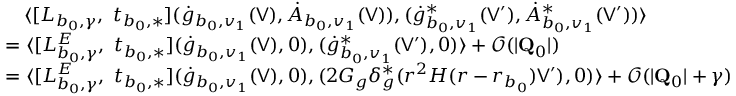
\begin{array} { r l } & { \quad \langle [ L _ { b _ { 0 } , \gamma } , \ t _ { b _ { 0 } , * } ] ( \dot { g } _ { b _ { 0 } , v _ { 1 } } ( \mathsf { V } ) , \dot { A } _ { b _ { 0 } , v _ { 1 } } ( \mathsf { V } ) ) , ( \dot { g } _ { b _ { 0 } , v _ { 1 } } ^ { * } ( \mathsf { V } ^ { \prime } ) , \dot { A } _ { b _ { 0 } , v _ { 1 } } ^ { * } ( \mathsf { V } ^ { \prime } ) ) \rangle } \\ & { = \langle [ L _ { b _ { 0 } , \gamma } ^ { E } , \ t _ { b _ { 0 } , * } ] ( \dot { g } _ { b _ { 0 } , v _ { 1 } } ( \mathsf { V } ) , 0 ) , ( \dot { g } _ { b _ { 0 } , v _ { 1 } } ^ { * } ( \mathsf { V } ^ { \prime } ) , 0 ) \rangle + \mathcal { O } ( \vert \mathbf { Q } _ { 0 } \vert ) } \\ & { = \langle [ L _ { b _ { 0 } , \gamma } ^ { E } , \ t _ { b _ { 0 } , * } ] ( \dot { g } _ { b _ { 0 } , v _ { 1 } } ( \mathsf { V } ) , 0 ) , ( 2 G _ { g } \delta _ { g } ^ { * } ( r ^ { 2 } H ( r - r _ { b _ { 0 } } ) \mathsf { V } ^ { \prime } ) , 0 ) \rangle + \mathcal { O } ( \vert \mathbf { Q } _ { 0 } \vert + \gamma ) } \end{array}